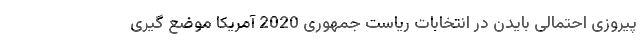
پیروزی احتمالی بایدن در انتخابات ریاست جمهوری 2020 آمریکا موضع گیری